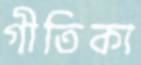
গীতিকা